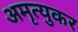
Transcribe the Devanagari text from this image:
अमृत्युकर